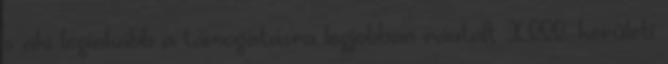
s aki leginkább a támogatásra legjobban ráutalt XIII. kerületi